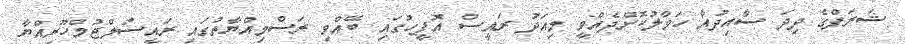
ޝަރަފްގެ ދިދަ ސާއިދުއާ ހަވާލުކޮށްދެއްވީ މިއަދު ރައީސް އޮފީހުގައި ބޭއްވި ރަސްމިއްޔާތުގައި ރައީސުލްޖުމްހޫރިއްޔާ